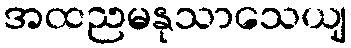
အထညမနုသာသေယျ